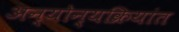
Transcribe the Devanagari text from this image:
अन्योन्यक्रियांत